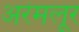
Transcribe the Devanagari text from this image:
अरंमलूर